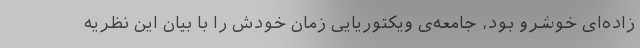
زاده‌ای خوشرو بود، جامعه‌ی ویکتوریایی زمان خودش را با بیان این نظریه‌